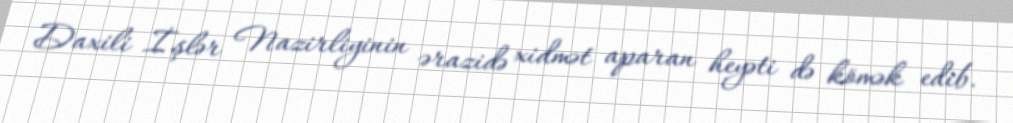
Daxili İşlər Nazirliyinin ərazidə xidmət aparan heyəti də kömək edib.